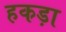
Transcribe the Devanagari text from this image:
हकड़ा